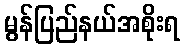
မွန်ပြည်နယ်အစိုးရ